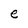
Character: e